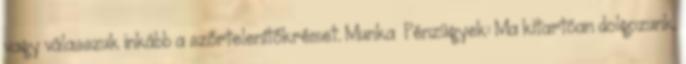
vagy válasszuk inkább a szőrtelenítőkrémet. Munka Pénzügyek: Ma kitartóan dolgozunk.